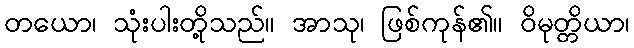
တယော၊ သုံးပါးတို့သည်။ အာသု၊ ဖြစ်ကုန်၏။ ဝိမုတ္တိယာ၊